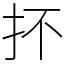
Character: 抔